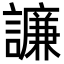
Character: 譧